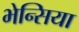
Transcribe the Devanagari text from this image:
भेन्सिया